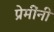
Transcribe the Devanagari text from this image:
प्रेमींनी